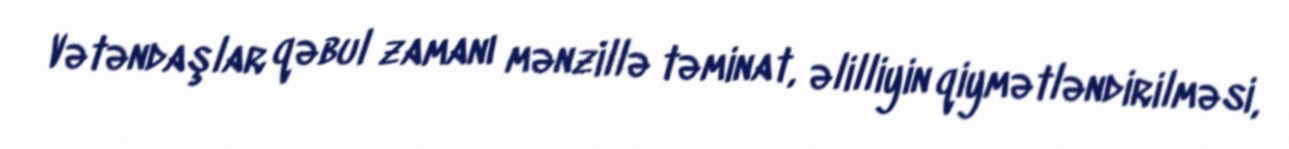
Vətəndaşlar qəbul zamanı mənzillə təminat, əlilliyin qiymətləndirilməsi,